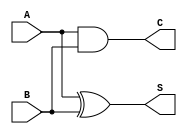
module HalfAdder (
    input A,       // First input
    input B,       // Second input
    output S,      // Sum output
    output C       // Carry output
);
    assign S = A ^ B;  // Sum is A XOR B
    assign C = A & B;  // Carry is A AND B
endmodule